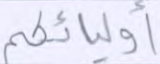
أوليائكم